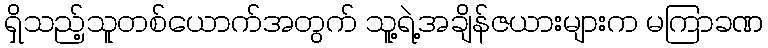
ရှိသည့်သူတစ်ယောက်အတွက် သူ့ရဲ့အချိန်ဇယားများက မကြာခဏ